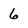
Character: 6